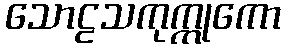
သောဠသကုက္ကုကော